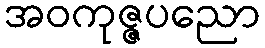
အဝကုဇ္ဇပညော